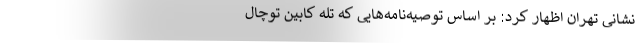
نشانی تهران اظهار کرد: بر اساس توصیه‌نامه‌هایی که تله کابین توچال